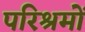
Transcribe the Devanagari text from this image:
परिश्रमों